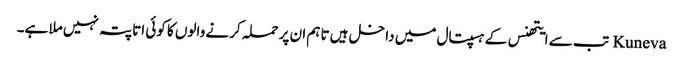
Kuneva تب سے ایتھنس کے ہسپتال میں داخل ہیں تاہم ان پر حملہ کرنے والوں کا کوئی اتا پتہ نہیں ملا ہے۔